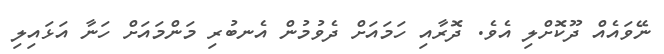
ނޭވައެއް ދޫކޮށްލި އެވެ. ދޮރާއި ހަމައަށް ދެވުމުން އެނބުރި މަންމައަށް ހަނާ އަޅައިލި